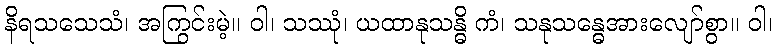
နိရသသေသံ၊ အကြွင်းမဲ့။ ဝါ၊ သဿုံ၊ ယထာနုသန္ဓိ ကံ၊ သနုသန္ဓေအားလျော်စွာ။ ဝါ၊